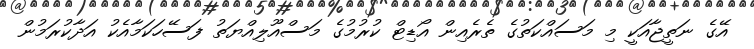
އޭގެ ނަތީޖާއަކީ މި މަސައްކަތުގެ ތެރެއިން އޯޑިޓް ކުރުމުގެ މަސްއޫލިއްޔަތު ފަސޭހަކަމާއެކު އަދާކުރަމުން